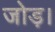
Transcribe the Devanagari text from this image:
जोड़।